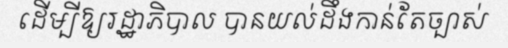
ដើម្បីឱ្យរដ្ឋាភិបាល បានយល់ដឹងកាន់តែច្បាស់